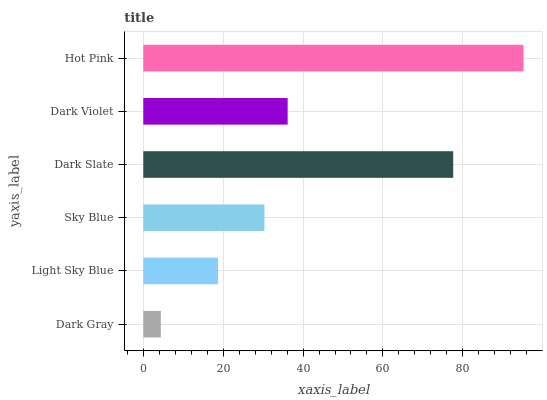
| yaxis_label | bars |
 | --- | --- |
 | Dark Gray | 4.39 |
 | Light Sky Blue | 18.7 |
 | Sky Blue | 30.3 |
 | Dark Slate | 77.6 |
 | Dark Violet | 36.1 |
 | Hot Pink | 95.2 |